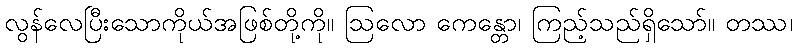
လွန်လေပြီးသောကိုယ်အဖြစ်တို့ကို။ ဩလော ကေန္တော၊ ကြည့်သည်ရှိသော်။ တဿ၊